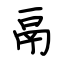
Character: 鬲